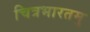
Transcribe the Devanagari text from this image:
चित्रभारतमु